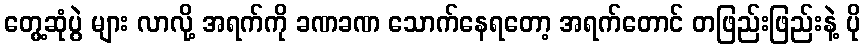
တွေ့ဆုံပွဲ များ လာလို့ အရက်ကို ခဏခဏ သောက်နေရတော့ အရက်တောင် တဖြည်းဖြည်းနဲ့ ပို